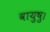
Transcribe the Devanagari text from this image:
वायुषु।